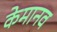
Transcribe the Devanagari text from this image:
केमानव